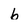
Character: b